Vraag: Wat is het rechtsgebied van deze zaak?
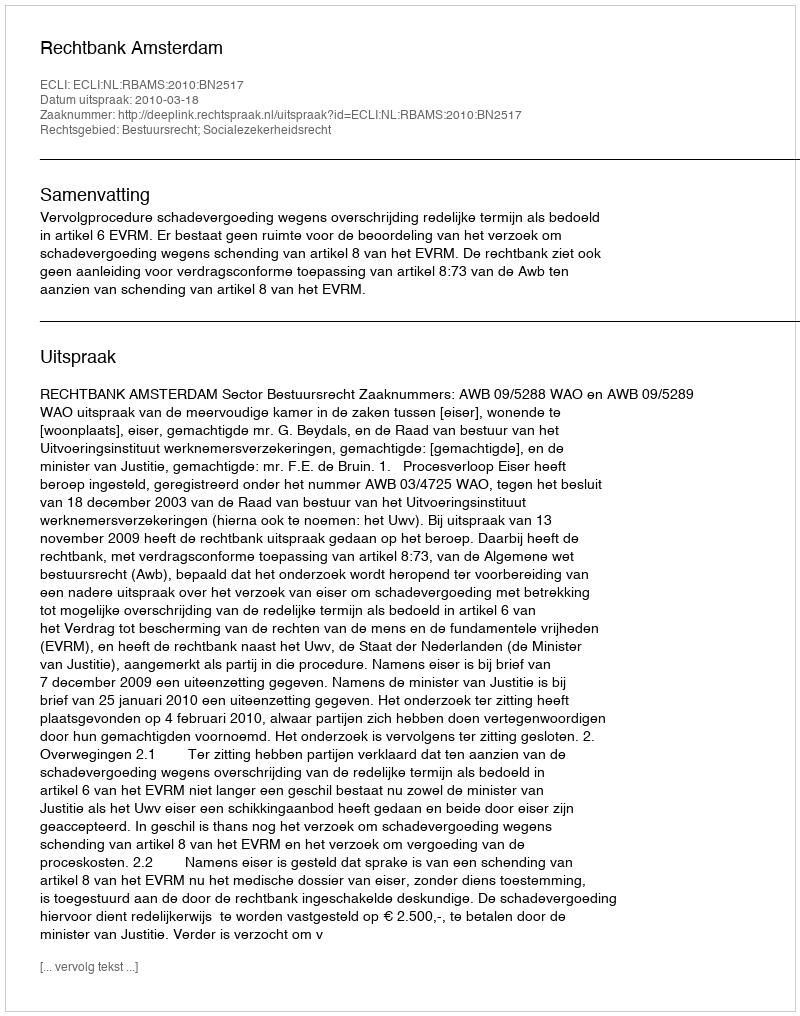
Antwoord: Bestuursrecht; Socialezekerheidsrecht